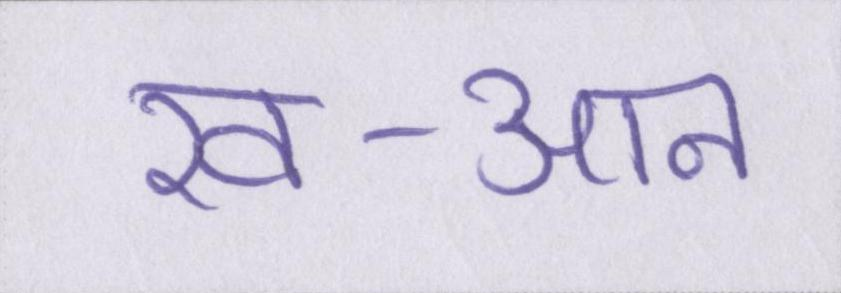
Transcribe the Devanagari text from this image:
ख-आन